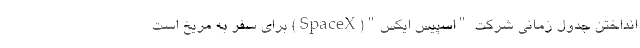
انداختن جدول زمانی شرکت "اسپیس ایکس"(SpaceX) برای سفر به مریخ است